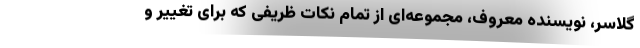
گلاسر، نویسنده معروف، مجموعه‌ای از تمام نکات ظریفی که برای تغییر و